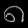
Digit: ၈